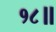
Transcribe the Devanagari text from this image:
१८॥